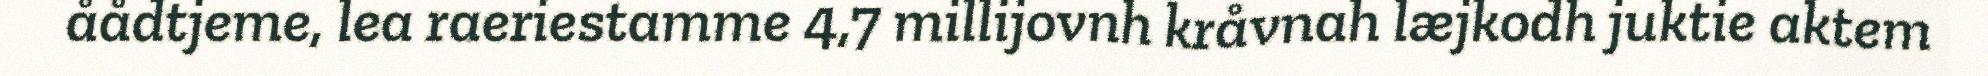
åådtjeme, lea raeriestamme 4,7 millijovnh kråvnah læjkodh juktie aktem